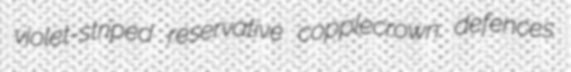
violet-striped reservative copplecrown defences